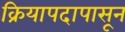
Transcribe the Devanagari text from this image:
क्रियापदापासून